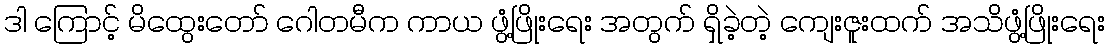
ဒါ ကြောင့် မိထွေးတော် ဂေါတမီက ကာယ ဖွံ့ဖြိုးရေး အတွက် ရှိခဲ့တဲ့ ကျေးဇူးထက် အသိဖွံ့ဖြိုးရေး